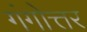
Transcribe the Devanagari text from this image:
गंगोत्तर